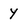
Character: y